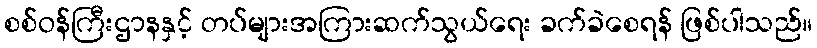
စစ်ဝန်ကြီးဌာနနှင့် တပ်များအကြားဆက်သွယ်ရေး ခက်ခဲစေရန် ဖြစ်ပါသည်။